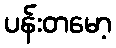
ပန်းတမော့